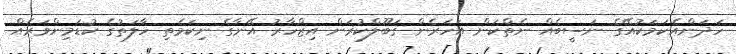
ހަދަންއެކަމަކުއޭޭގެ ނަސީބެއް ނެތްކަން އަހަރެން ޤަބޫލްކުރަން އިޒްހާރު އޭނާގެ ނިކަމެތި ހާލަތުގެ ކުޑަމިންވަރެއް